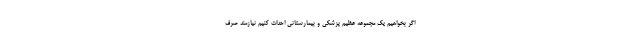
اگر بخواهیم یک مجموعه عظیم پزشکی و بیمارستانی احداث کنیم نیازمند صرف